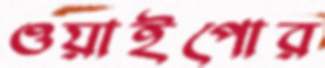
ওয়াইপোর